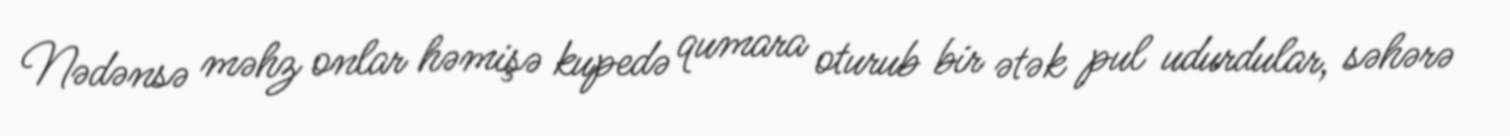
Nədənsə məhz onlar həmişə kupedə qumara oturub bir ətək pul udurdular, səhərə